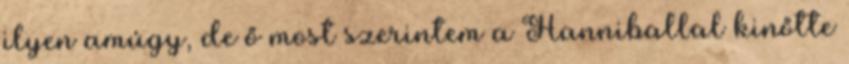
ilyen amúgy, de ő most szerintem a Hanniballal kinőtte